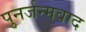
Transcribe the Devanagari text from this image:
पुनर्जन्मवाद